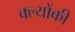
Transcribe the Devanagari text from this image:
क्ल्योंकी